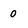
Character: 0